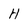
Character: H